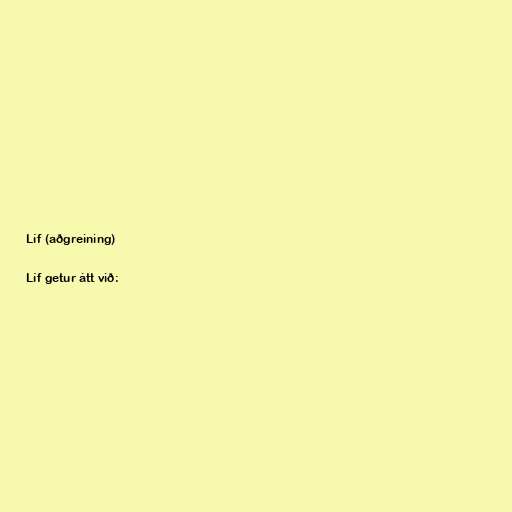
Líf (aðgreining)

Líf getur átt við: